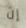
إن